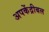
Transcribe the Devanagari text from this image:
अपकेंद्रीबल